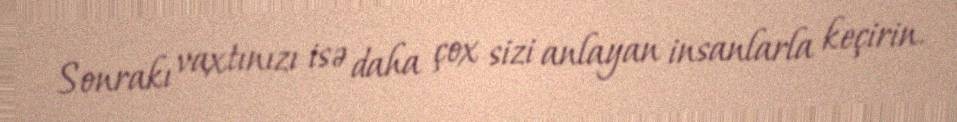
Sonrakı vaxtınızı isə daha çox sizi anlayan insanlarla keçirin.